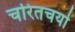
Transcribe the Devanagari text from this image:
चरितचर्या